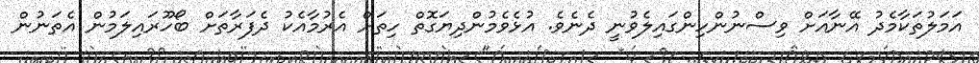
އަމަލުތަކާމެދު އޭނާއަށް ވިސްނުންހިންގައިލެވުނީ ދެނެވެ. އުޅެވެމުންދިޔަގޮތް ހިތަށް އެރުމާއެކު ދެފަރާތަށް ބޯހޫރައިލަމުން އެތަނުން